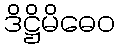
ဒိဋ္ဌိမိဓေဝ